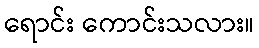
ရောင်း ကောင်းသလား။